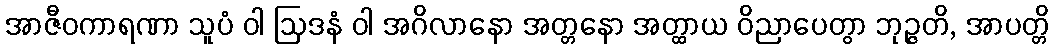
အာဇီဝကာရဏာ သူပံ ဝါ ဩဒနံ ဝါ အဂိလာနော အတ္တနော အတ္ထာယ ဝိညာပေတွာ ဘုဉ္ဇတိ, အာပတ္တိ